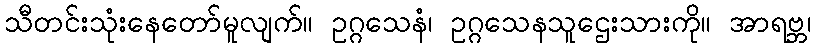
သီတင်းသုံးနေတော်မူလျက်။ ဥဂ္ဂသေနံ၊ ဥဂ္ဂသေနသူဌေးသားကို။ အာရဗ္ဘ၊